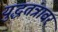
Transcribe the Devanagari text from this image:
युद्धतंत्रावर